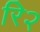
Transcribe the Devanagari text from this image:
रि२